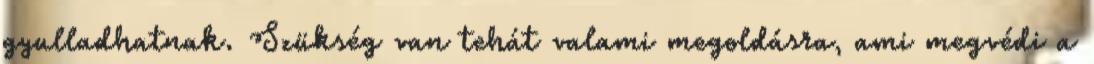
gyulladhatnak. Szükség van tehát valami megoldásra, ami megvédi a